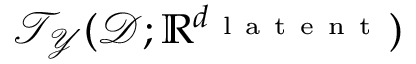
\mathcal { T } _ { \mathcal { Y } } ( \mathcal { D } ; \mathbb { R } ^ { d _ { \mathrm { ~ l ~ a ~ t ~ e ~ n ~ t ~ } } } )